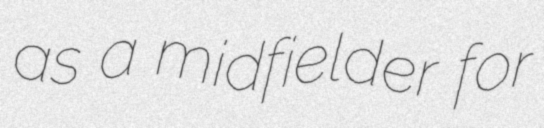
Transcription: as a midfielder for